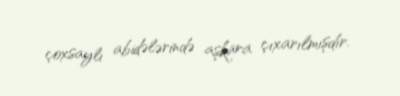
çoxsaylı abidələrində aşkara çıxarılmışdır.